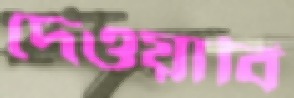
দেওয়াবি